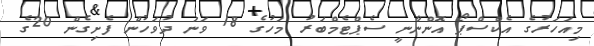
މިއަހަރުގެ އެކްސްޕޯ އޮންނާނީ ސެޕްޓެމްބަރު މަހުގެ 18 ވަނަ ދުވަހުން ފެށިގެން 20ގެ